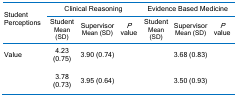
<table><thead><tr><td rowspan="2"><b>Student Perceptions</b></td><td colspan="3"><b>Clinical Reasoning</b></td><td colspan="3"><b>Evidence Based Medicine</b></td></tr><tr><td><b>Student Mean (SD)</b></td><td><b>SupervisorMean (SD)</b></td><td><b><i>P</i>value</b></td><td><b>Student Mean (SD)</b></td><td><b>Supervisor Mean (SD)</b></td><td><b><i>P</i>value</b></td></tr></thead><tbody><tr><td>Value</td><td>4.23 (0.75)</td><td>3.90 (0.74)</td><td>[EMPTY_CELL]</td><td>[EMPTY_CELL]</td><td>3.68 (0.83)</td><td>[EMPTY_CELL]</td></tr><tr><td>[EMPTY_CELL]</td><td>3.78 (0.73)</td><td>3.95 (0.64)</td><td>[EMPTY_CELL]</td><td>[EMPTY_CELL]</td><td>3.50 (0.93)</td><td>[EMPTY_CELL]</td></tr></tbody></table>